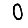
Digit: 0